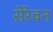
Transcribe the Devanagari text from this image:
सेरेवन